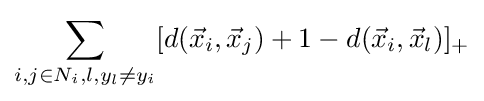
\sum _{i,j\in N_{i},l,y_{l}\neq y_{i}}[d({\vec {x}}_{i},{\vec {x}}_{j})+1-d({\vec {x}}_{i},{\vec {x}}_{l})]_{+}